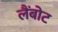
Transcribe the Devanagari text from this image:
लैंबोट